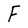
Character: F